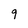
Character: 9